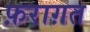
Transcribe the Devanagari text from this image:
फ़राग़त